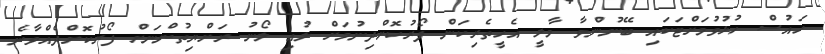
ހައުސް ހުޅުވުމަށްޓަކައި ބޭނުންވާ މާލީ އެހީތެރިކަން ފޯރުކޮށްދިނުމަށް ލުއި ލޯނު ރަށްޔިތުންނަށް ފޯރުކޮށްދެއްވާނެ